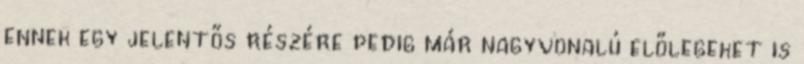
ennek egy jelentős részére pedig már nagyvonalú előlegeket is